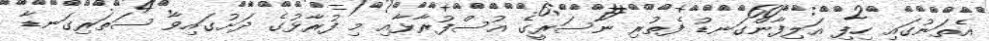
އެތަނުގައި ހިފި އަލިފާންގަނޑު ފެތުރި ނާސަރީގެ އުސްފުރާޅާއި މި ފުރާޅުގެ ދަށުގައިވާ ސަތަރިގަނޑާ